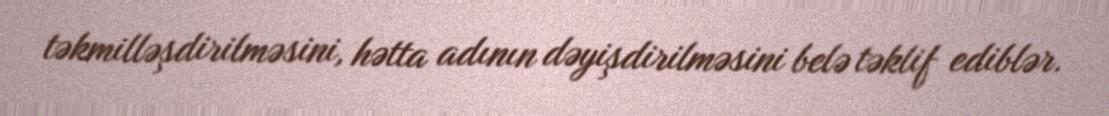
təkmilləşdirilməsini, hətta adının dəyişdirilməsini belə təklif ediblər.